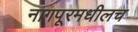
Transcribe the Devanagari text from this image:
नागपूरमधीलच